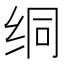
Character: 𫄡